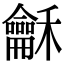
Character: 龢